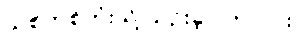
သစ်တစ်တုံးသို့ သုဉ်းခဲ့ပါကလား။